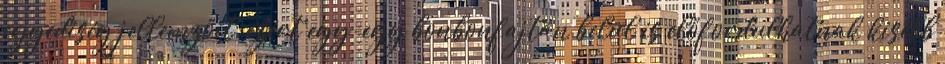
egyediség jellemzőit, ezért egy-egy bonbonfajtán belül is előfordulhatnak kisebb